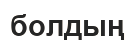
болдың